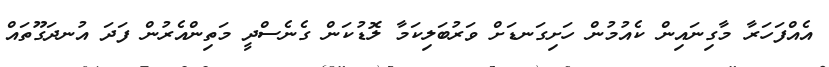
އެއްފަހަރާ މާގިނައިން ކެއުމުން ހަށިގަނޑަށް ވަރުބަލިކަމާ ލޮޑުކަން ގެނެސްދީ މަތިންއެރުން ފަދަ އުނދަގޫތައް